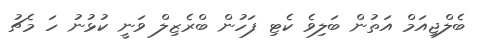
ބެލްޖިއަމް އަތުން ބަލިވެ ކެޓި ފަހުން ބްރެޒިލް ވަނީ ކުޅުނު ހަ މެޗު